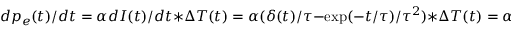
d p _ { e } ( t ) / d t = \alpha d I ( t ) / d t \ast \Delta T ( t ) = \alpha ( \delta ( t ) / \tau - \exp ( - t / \tau ) / \tau ^ { 2 } ) \ast \Delta T ( t ) = \alpha ( \Delta T ( t ) / \tau - p _ { e } ( t ) / \tau )